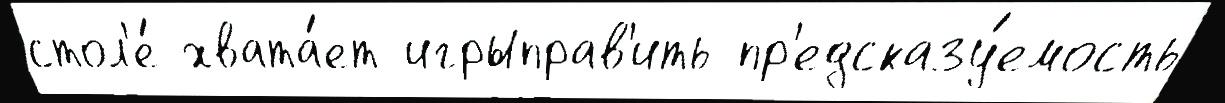
стол'е́ хвата́ет игрыправ'ить пр'едсказу́емость